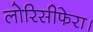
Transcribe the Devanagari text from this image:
लोरिसीफेरा।